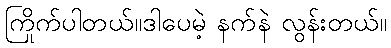
ကြိုက်ပါတယ်။ဒါပေမဲ့ နက်နဲ လွန်းတယ်။